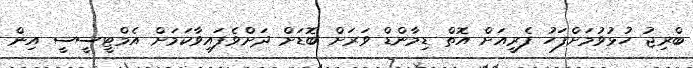
ބްރިޖު ހުޅުވުމަށްފަހު ފެރީއަށް އޮތް ޑިމާންޑް ވަރަށް ބޮޑަށް ދަށްވެފައިވާކަމަށް އެމްޓީސީސީ އިން